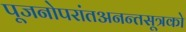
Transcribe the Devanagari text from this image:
पूजनोपरांतअनन्तसूत्रको